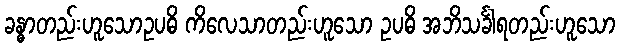
ခန္ဓာတည်းဟူသောဥပဓိ ကိလေသာတည်းဟူသော ဥပဓိ အဘိသင်္ခါရတည်းဟူသော